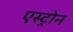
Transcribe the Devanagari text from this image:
एस्ट्रोन